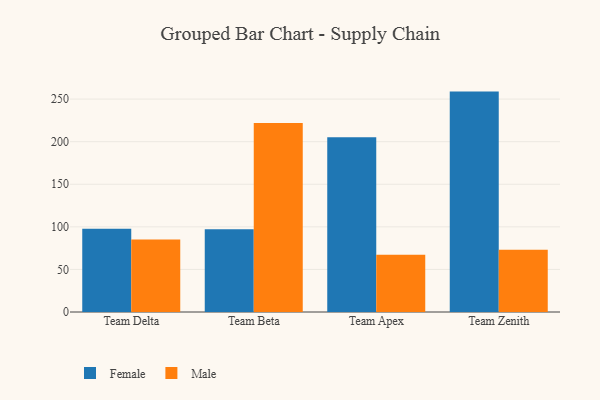
{"axis": {"x": "Team", "y": "Satisfaction Score"}, "legend": ["Female", "Male"], "data": [{"x": "Team Delta", "y": 97.7, "type": "Female"}, {"x": "Team Delta", "y": 85.2, "type": "Male"}, {"x": "Team Beta", "y": 97.1, "type": "Female"}, {"x": "Team Beta", "y": 222.0, "type": "Male"}, {"x": "Team Apex", "y": 205.2, "type": "Female"}, {"x": "Team Apex", "y": 67.1, "type": "Male"}, {"x": "Team Zenith", "y": 258.8, "type": "Female"}, {"x": "Team Zenith", "y": 73.2, "type": "Male"}]}